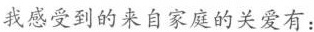
我感受到的来自家庭的关爱有：